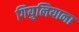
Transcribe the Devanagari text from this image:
गियुलियाना